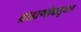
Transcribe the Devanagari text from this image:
ब्राह्मणांकडूनच